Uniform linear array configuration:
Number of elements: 24
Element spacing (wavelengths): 0.5
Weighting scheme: uniform
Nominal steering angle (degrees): -15
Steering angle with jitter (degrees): -15.555
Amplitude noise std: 0.05
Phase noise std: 0.05

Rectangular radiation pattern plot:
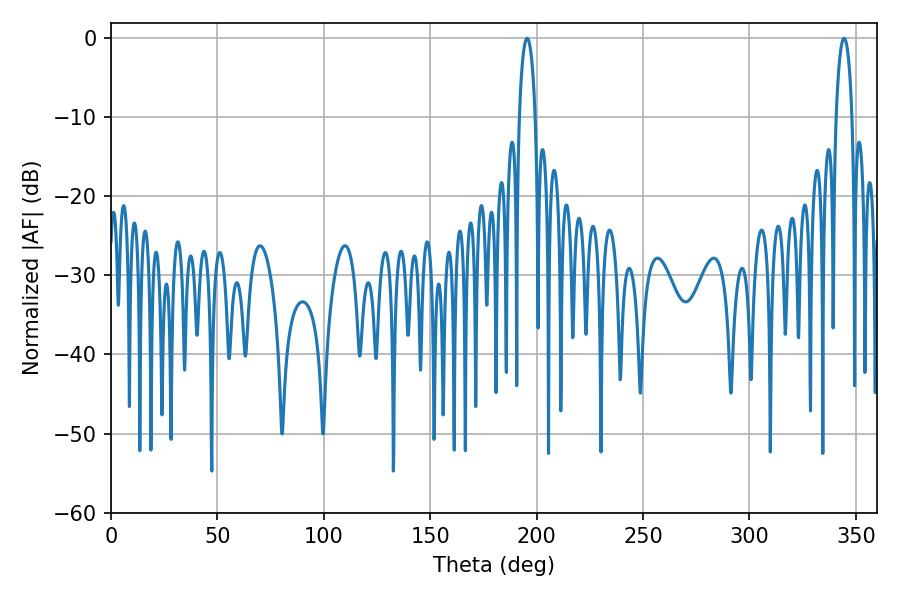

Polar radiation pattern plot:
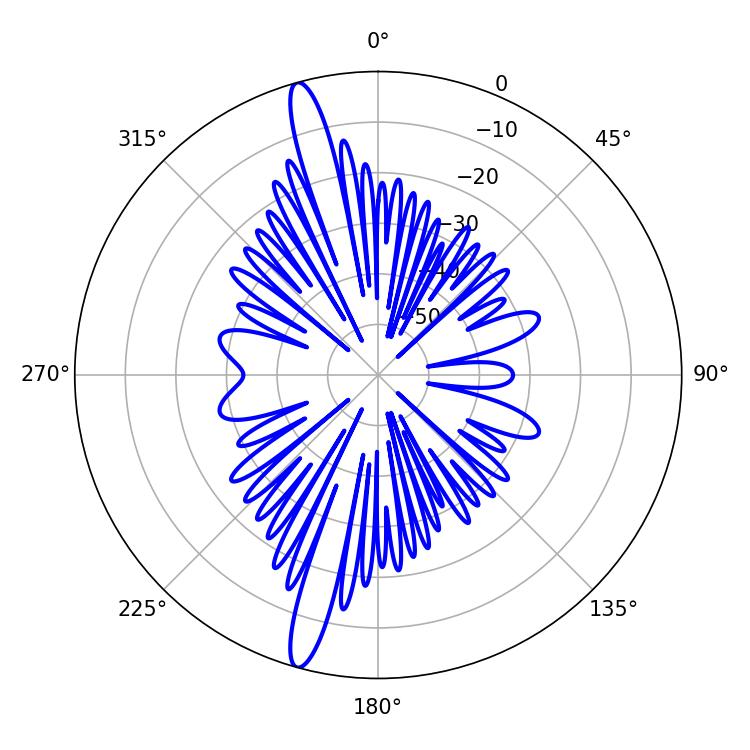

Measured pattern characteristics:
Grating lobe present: FALSE
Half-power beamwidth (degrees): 4.14
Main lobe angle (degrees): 195.48